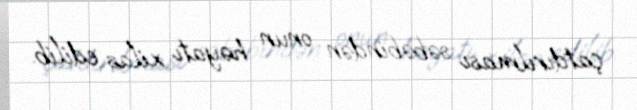
çatdırılması səbəbindən onun həyatı xilas edilib.